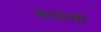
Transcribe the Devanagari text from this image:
काहांची